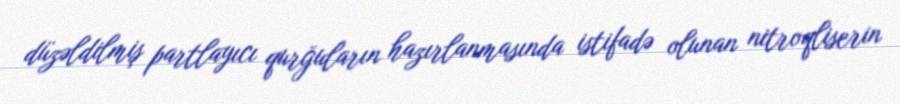
düzəldilmiş partlayıcı qurğuların hazırlanmasında istifadə olunan nitroqliserin